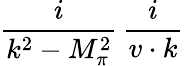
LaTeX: \frac{i}{{k^{2}}-{M_{\pi}^{2}}}\, \frac{i}{v\cdot k}